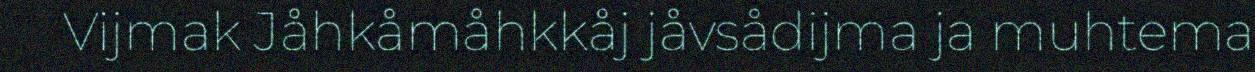
Vijmak Jåhkåmåhkkåj jåvsådijma ja muhtema